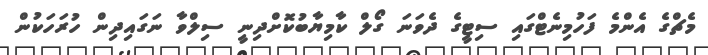
މެޗްގެ އެންމެ ފަހުމިނެޓްގައި ސިޓީގެ ދެވަނަ ގޯލް ކާމިޔާބުކޮށްދިނީ ސިލްވާ ނަގައިދިން ހުރަހަކުން